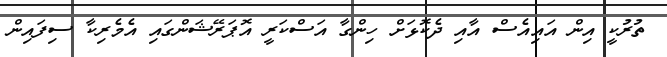
ތުރުކީ އިން އައިއެސް އާއި ދެކޮޅަށް ހިންގާ އަސްކަރީ އޮޕަރޭޝަންގައި އެމެރިކާ ސިފައިން